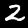
Label: 2